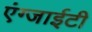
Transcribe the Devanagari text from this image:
एंग्जाईटी